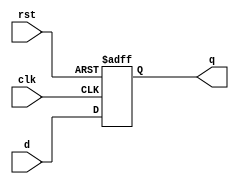
module d_ff_with_reset (
    input wire d, // D input to store data
    input wire clk, // Clock input to trigger storage operation
    input wire rst, // Reset input to clear stored data
    output reg q // Output of the D flip-flop
);

always @(posedge clk or posedge rst) begin
    if (rst) begin
        q <= 1'b0; // Clear the stored data when reset is activated
    end else begin
        q <= d; // Store the data from the D input on the rising edge of clock signal
    end
end

endmodule